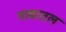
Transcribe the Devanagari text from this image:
गावातल